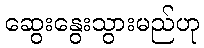
ဆွေးနွေးသွားမည်ဟု